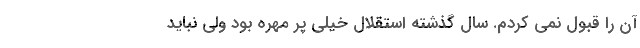
آن را قبول نمی کردم. سال گذشته استقلال خیلی پر مهره بود ولی نباید